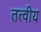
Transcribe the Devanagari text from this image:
तत्‍वीय